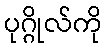
ပုဂ္ဂိုလ်ကို